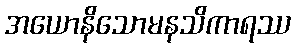
အယောနိသောမနသိကာရဿ